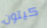
كيتون